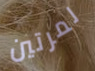
لمرتين